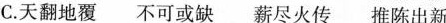
C.天翻地覆 不可或缺 薪尽火传 推陈出新